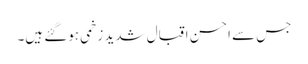
جس سے احسن اقبال شدید زخمی ہوگئے ہیں۔